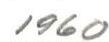
1960